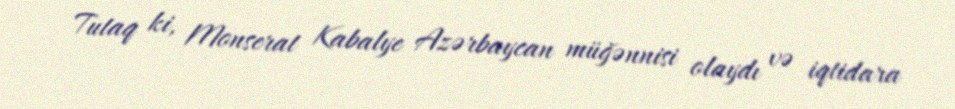
Tutaq ki, Monserat Kabalye Azərbaycan müğənnisi olaydı və iqtidara